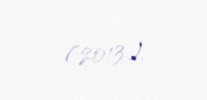
(2013).